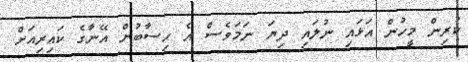
ކުރިން މީހުން އަޅައި ނުލައި ދިޔަ ނަމަވެސް އެ ހިސާބުން އޭނާގެ ކައިރިއަށް